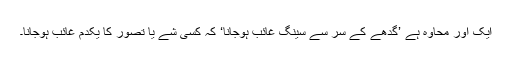
ایک اور محاوہ ہے ’گدھے کے سر سے سینگ غائب ہوجانا‘ کہ کسی شے یا تصور کا یکدم غائب ہوجانا۔